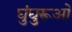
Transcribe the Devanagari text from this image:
घुंघुरूओं